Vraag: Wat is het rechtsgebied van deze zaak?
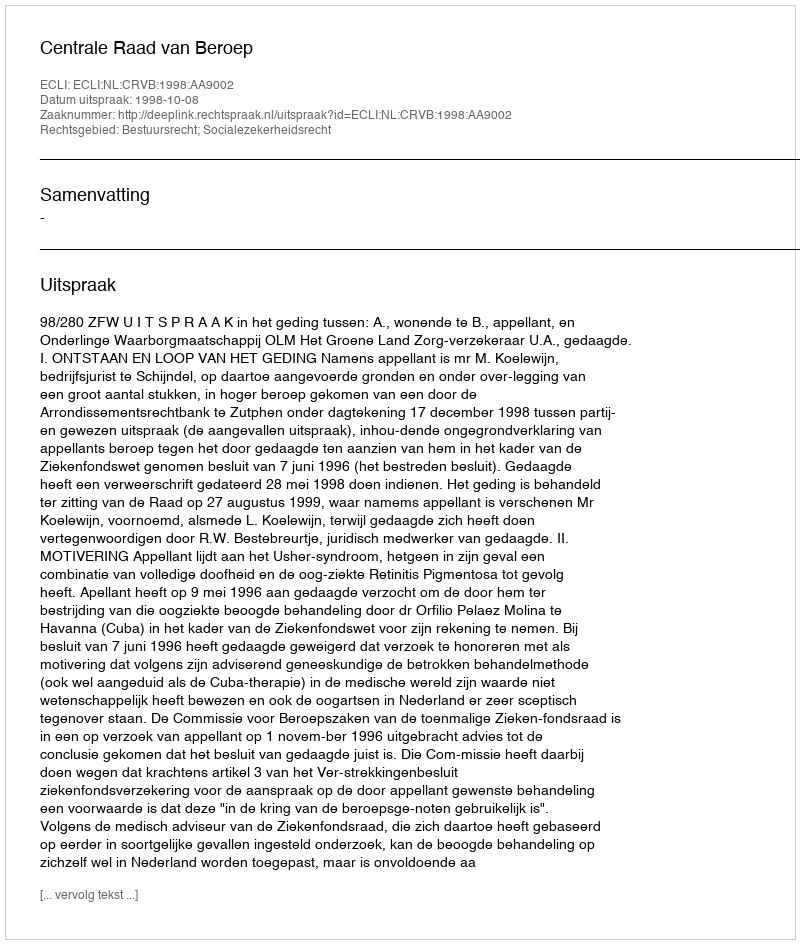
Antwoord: Bestuursrecht; Socialezekerheidsrecht